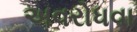
અવરોધવા